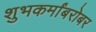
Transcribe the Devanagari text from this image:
शुभकर्मांबरोबर